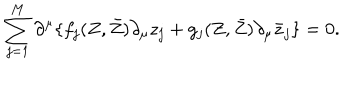
\sum _ { j = 1 } ^ { M } \partial ^ { \mu } \{ f _ { j } ( Z , \bar { Z } ) \partial _ { \mu } z _ { j } + g _ { j } ( Z , \bar { Z } ) \partial _ { \mu } \bar { z } _ { j } \} = 0 .